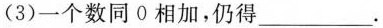
(3)一个数同0相加，仍得___.